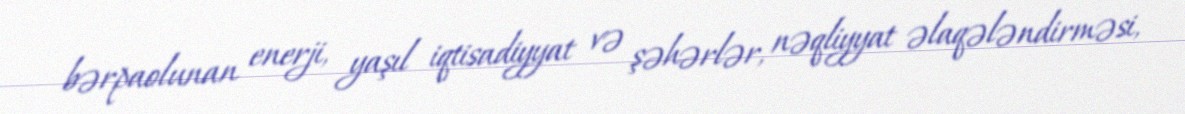
bərpaolunan enerji, yaşıl iqtisadiyyat və şəhərlər, nəqliyyat əlaqələndirməsi,